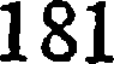
181